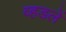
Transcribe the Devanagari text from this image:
व्हडलें